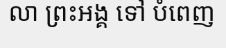
លា ព្រះឣង្គ ទៅ បំពេញ